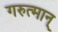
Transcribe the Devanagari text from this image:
गरुत्मान्